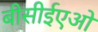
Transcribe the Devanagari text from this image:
बीसीईएओ